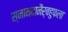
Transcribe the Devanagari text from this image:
स्नानदानैर्बहुफला